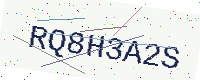
Text: RQ8H3A2S